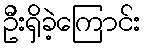
ဦးရှိခဲ့ကြောင်း